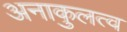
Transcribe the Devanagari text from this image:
अनाकुलत्व